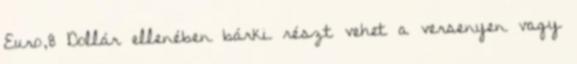
Euro,8 Dollár ellenében bárki részt vehet a versenyen vagy